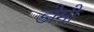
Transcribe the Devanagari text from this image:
डोमो